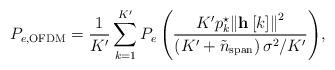
LaTeX: \begin{align*} {P_{e,{\rm{OFDM}}}} = \frac{1}{K'}\sum\limits_{k = 1}^{K'} {{P_e}\left( {\frac{{{K'}{p_k^{\star}}{{\left\| {{\bf{h}}\left[ k \right]} \right\|}^2}}}{{\left( {{K'} + {{\tilde n}_{{\rm{span}}}}} \right){\sigma ^2}/{K'}}}} \right)}, \end{align*}